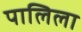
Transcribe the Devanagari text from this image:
पालिला